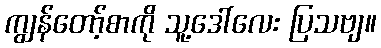
ကျွန်တော့်စာကို သူ့ဒေါ်လေး ပြသဗျ။